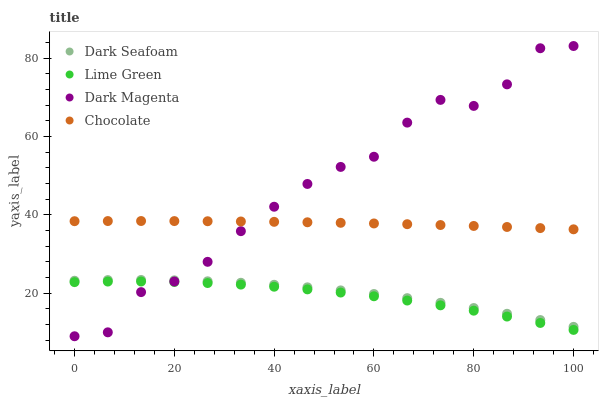
| xaxis_label | Dark Seafoam | Lime Green | Dark Magenta | Chocolate |
 | --- | --- | --- | --- | --- |
 | 0 | 23.2 | 22.8 | 9 | 38.4 |
 | 6.67 | 23.4 | 23 | 10 | 38.4 |
 | 13.3 | 23.4 | 23 | 20.3 | 38.4 |
 | 20 | 23.3 | 22.9 | 23 | 38.4 |
 | 26.7 | 23 | 22.6 | 28 | 38.4 |
 | 33.3 | 22.7 | 22.2 | 35.8 | 38.3 |
 | 40 | 22.1 | 21.7 | 42.1 | 38.2 |
 | 46.7 | 21.5 | 21 | 47.9 | 38.1 |
 | 53.3 | 20.7 | 20.2 | 52.3 | 38 |
 | 60 | 19.8 | 19.2 | 54.9 | 37.8 |
 | 66.7 | 18.7 | 18.1 | 63.6 | 37.6 |
 | 73.3 | 17.5 | 16.9 | 69.4 | 37.4 |
 | 80 | 16.2 | 15.5 | 67.8 | 37.2 |
 | 86.7 | 14.7 | 14 | 73.3 | 36.9 |
 | 93.3 | 13.1 | 12.4 | 82.6 | 36.6 |
 | 100 | 11.4 | 10.6 | 83.1 | 36.3 |